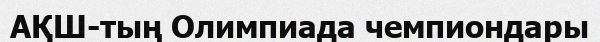
АҚШ-тың Олимпиада чемпиондары